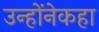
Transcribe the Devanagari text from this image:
उन्होंनेकहा